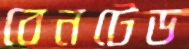
বেনটেড